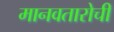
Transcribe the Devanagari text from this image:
मानवतारोची